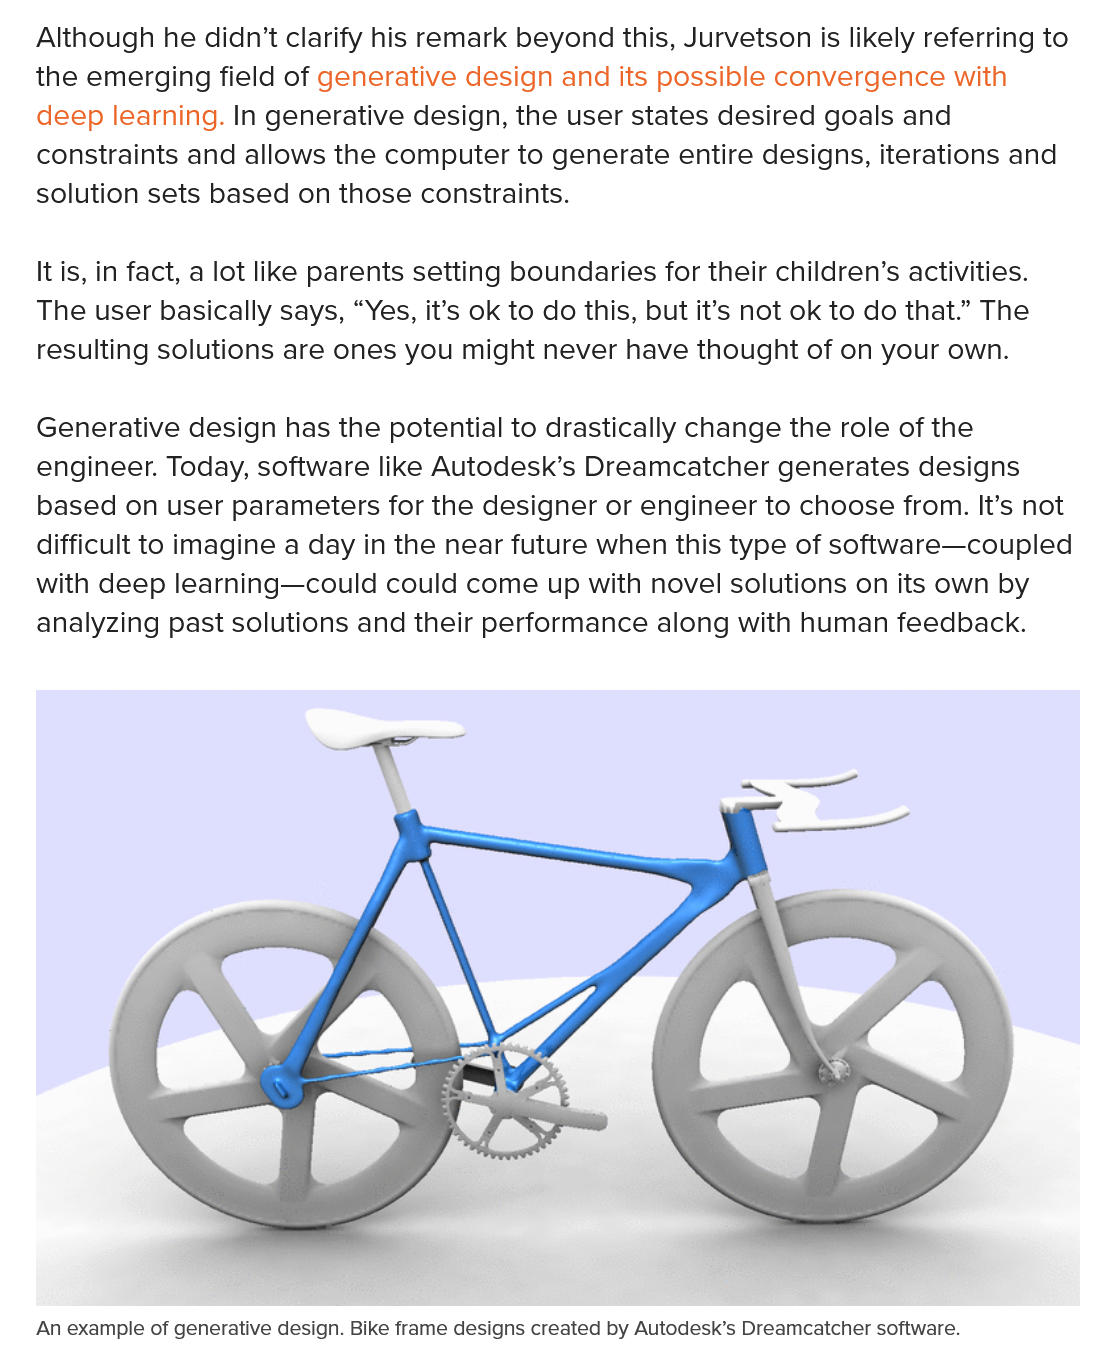
Although    he didn’t  clarify his remark   beyond this,   Jurvetson is likely   referring to
    the emerging    field of generative   design   and  its possible  convergence    with
    deep   learning.  In generative   design,  the  user  states  desired   goals  and
    constraints   and  allows  the  computer    to generate   entire  designs, iterations   and
    solution  sets  based   on those constraints.
    It is, in fact, a lot like parents setting boundaries  for   their children’s  activities.
    The  user basically   says,  “Yes, it’s ok to do this, but it’s not ok  to do  that.” The
    resulting  solutions  are  ones  you   might  never   have  thought   of on  your  own.
    Generative    design   has the  potential  to drastically  change   the  role of the
    engineer.   Today,  software   like Autodesk’s    Dreamcatcher    generates    designs
    based   on  user  parameters    for the designer    or engineer   to choose  from.  It’s  not
    difficult to imagine  a  day  in the near  future  when this   type  of software—coupled
    with  deep   learning—could    could  come   up  with  novel  solutions  on  its own   by
    analyzing   past  solutions  and  their performance    along   with human    feedback.
    An example of generative design. Bike frame designs created by Autodesk’s Dreamcatcher software.